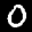
Label: 0